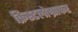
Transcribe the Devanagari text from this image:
क्रिस्टलोग्राफर